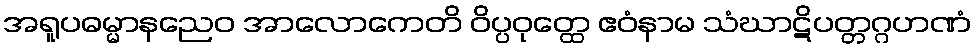
အရူပဓမ္မာနညေဝ အာလောကေတိ ဝိပ္ပဝုတ္ထေ ဧဝံနာမ သံဃာဋိပတ္တဂ္ဂဟဏံ